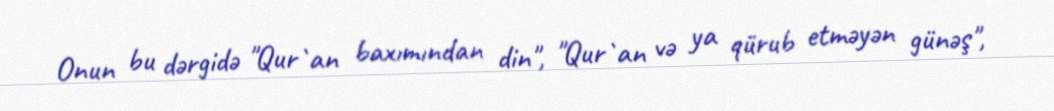
Onun bu dərgidə "Qur`an baxımından din", "Qur`an və ya qürub etməyən günəş",